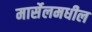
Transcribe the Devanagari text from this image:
मार्सेलमधील